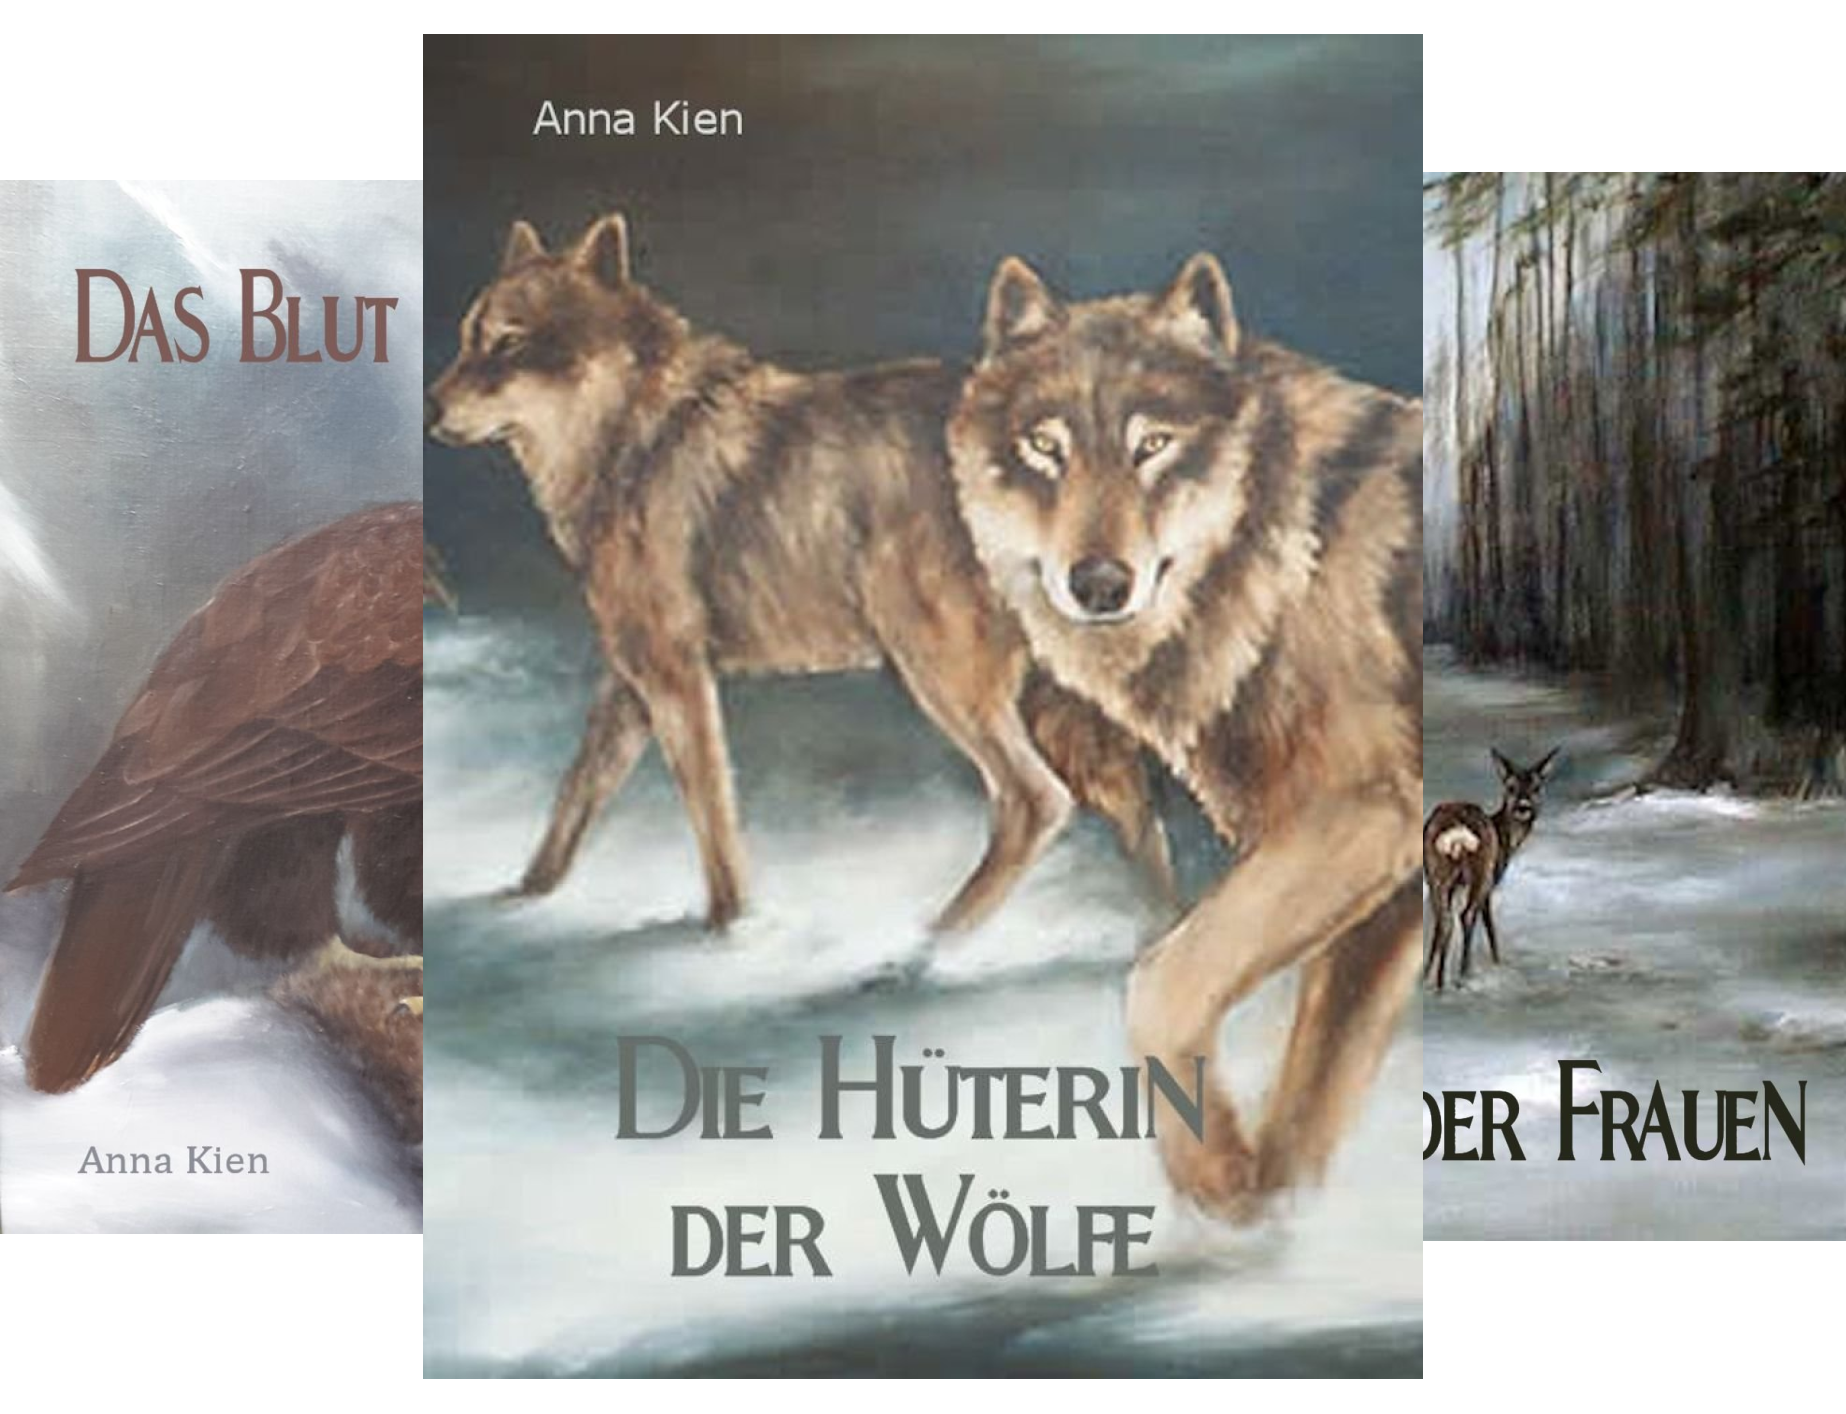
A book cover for Die Steinzeit-Trilogie (Reihe in 3 BÃ¤nden); Anna Kien; Teen & Young Adult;